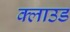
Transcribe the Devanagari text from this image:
क्‍लाउड